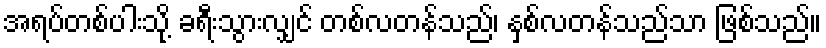
အရပ်တစ်ပါးသို့ ခရီးသွားလျှင် တစ်လတန်သည်၊ နှစ်လတန်သည်သာ ဖြစ်သည်။